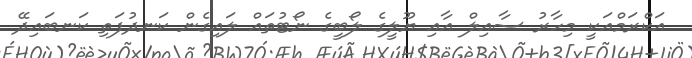
އަކްރަމްއަކީ މިހާރު ސާއިލް އާއި ޔޫލީގެ ލޯބީގެ ނޯޓުތައް ލައިގެން ކަނދުފަތި ކަނބައިދޭ